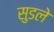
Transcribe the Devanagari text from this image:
सुडले